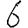
Digit: 6